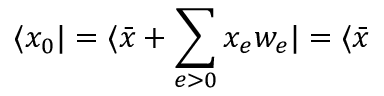
\langle x _ { 0 } | = \langle \bar { x } + \sum _ { e > 0 } x _ { e } w _ { e } | = \langle \bar { x }